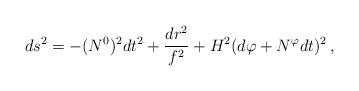
LaTeX: \begin{align*}ds^2 = - (N^0)^2 dt^2 + \frac{dr^2}{f^2} + H^2(d\varphi+N^{\varphi}dt)^2 \:, \end{align*}